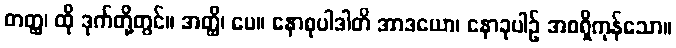
တတ္ထ၊ ထို ဒုက်တို့တွင်။ အတ္ထိ၊ ပေ။ နောစုပါဒါတိ အာဒယော၊ နောခုပါဉ် အစရှိကုန်သော။